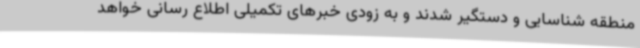
منطقه شناسایی و دستگیر شدند و به زودی خبرهای تکمیلی اطلاع رسانی خواهد